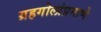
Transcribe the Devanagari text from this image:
ग्रहगोलांप्रमाणे